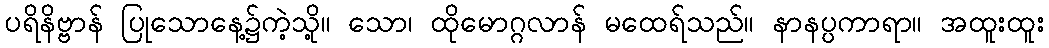
ပရိနိဗ္ဗာန် ပြုသောနေ့၌ကဲ့သို့။ သော၊ ထိုမောဂ္ဂလာန် မထေရ်သည်။ နာနပ္ပကာရာ။ အထူးထူး